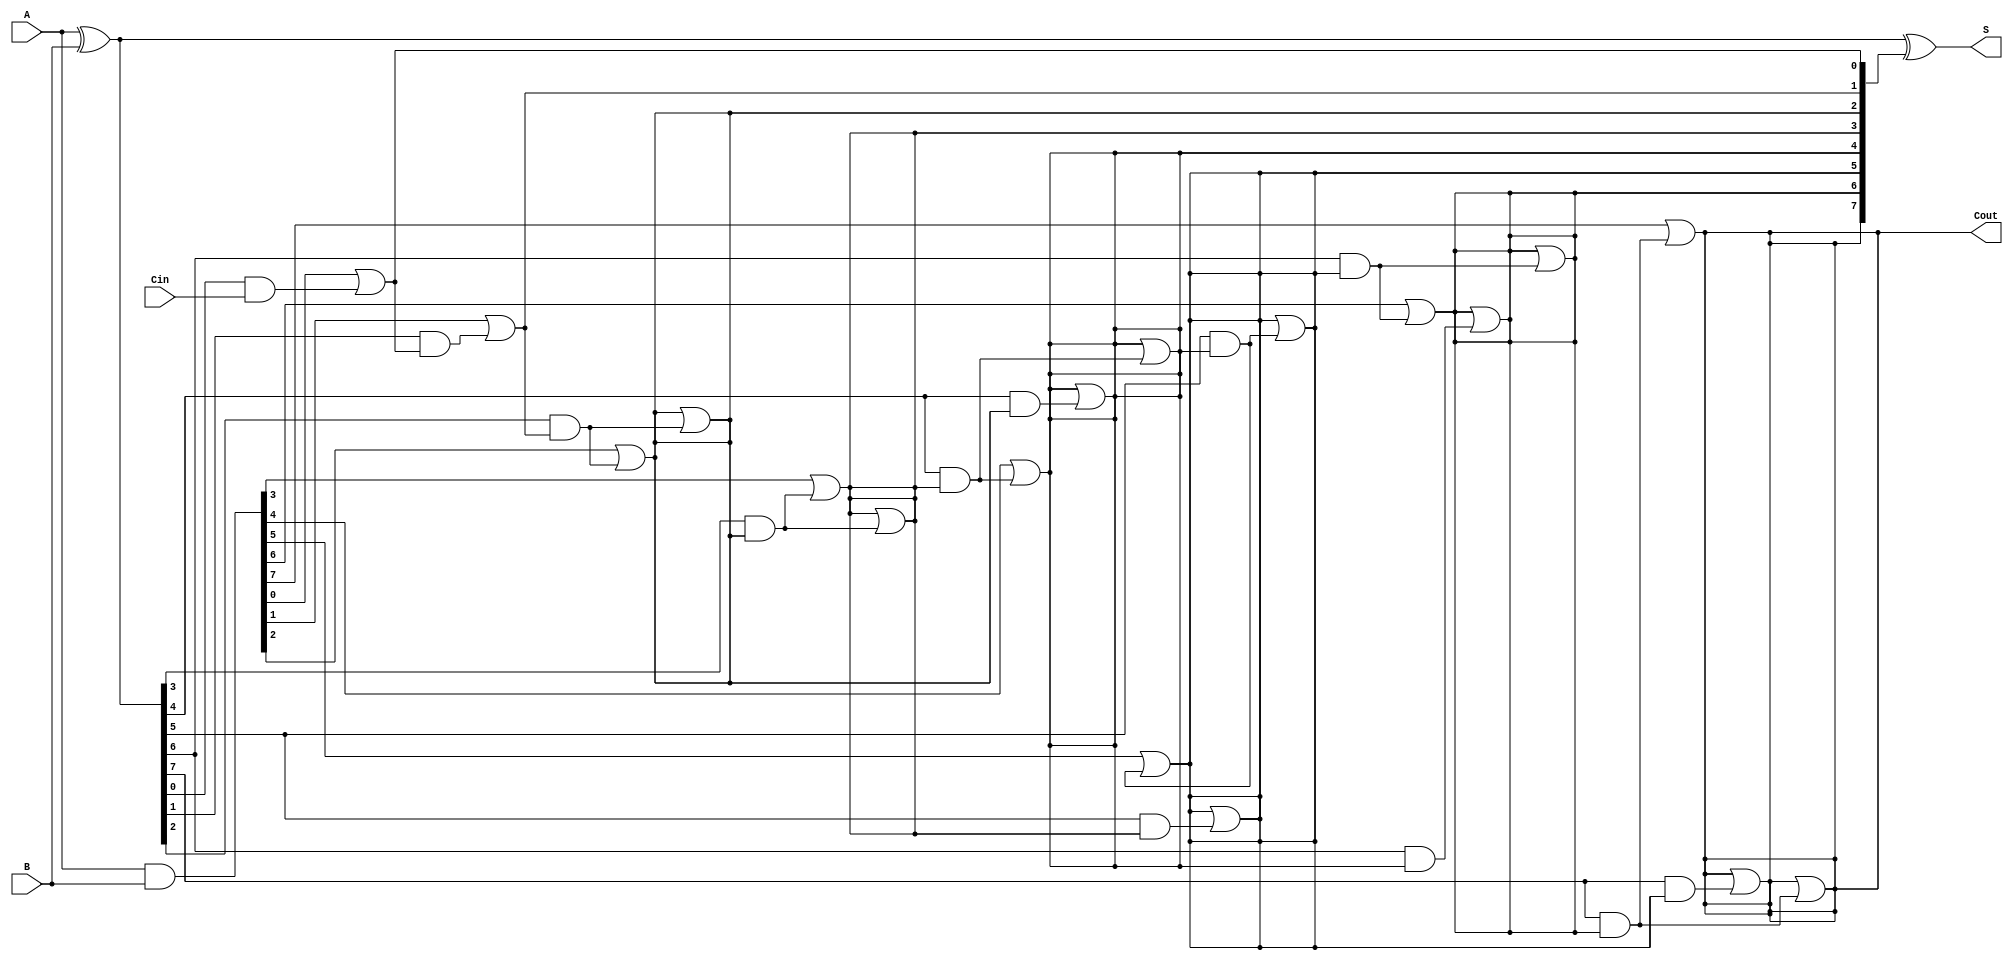
module KoggeStoneAdder #(parameter N = 8) (
    input [N-1:0] A,
    input [N-1:0] B,
    input Cin,
    output [N-1:0] S,
    output Cout
);
    // Generate and Propagate signals
    wire [N-1:0] G; // Generate
    wire [N-1:0] P; // Propagate
    wire [N:0] C;   // Carry signals

    // Generate and Propagate calculations
    assign G = A & B;
    assign P = A ^ B;

    // Carry-in
    assign C[0] = Cin;

    // Kogge-Stone carry generation
    genvar i, j;
    generate
        // Level 0
        for (i = 0; i < N; i = i + 1) begin: level0
            assign C[i + 1] = G[i] | (P[i] & C[i]);
        end

        // Additional levels for Kogge-Stone structure
        for (j = 1; j < $clog2(N); j = j + 1) begin: levels
            for (i = 0; i < N; i = i + 1) begin: carry_gen
                if (i >= (1 << j)) begin
                    assign C[i + 1] = C[i + 1] | (P[i] & C[i - (1 << (j - 1)) + 1]);
                end
            end
        end
    endgenerate

    // Sum calculation
    assign S = P ^ C[N:1];

    // Carry out
    assign Cout = C[N];

endmodule